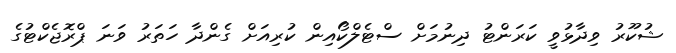
ޝުކޫރު ވިދާޅުވީ ކަރަންޓު ދިނުމަށް ސްޓެލްކޯއިން ކުރިއަށް ގެންދާ ހަތަރު ވަނަ ޕްރޮޖެކްޓުގެ